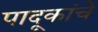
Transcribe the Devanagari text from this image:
पादूकांचे